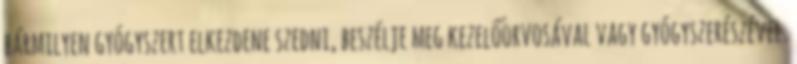
bármilyen gyógyszert elkezdene szedni, beszélje meg kezelőorvosával vagy gyógyszerészével.